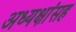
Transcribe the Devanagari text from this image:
अध्यक्षांसह